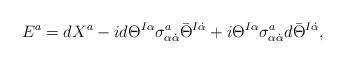
LaTeX: \begin{align*}E^{a}=dX^a-id\Theta^{I\alpha}\sigma^{a}_{\alpha\dot\alpha}\bar{\Theta}^{I\dot\alpha}+i\Theta^{I\alpha}\sigma^{a}_{\alpha\dot\alpha}d\bar{\Theta}^{I\dot\alpha},\end{align*}